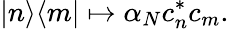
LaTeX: |n\rangle\langle m|\mapsto\alpha_{N}c_{n}^{*}c_{m}.